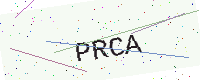
Text: PRCA